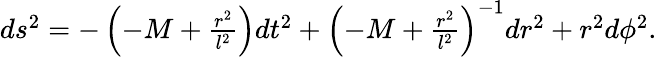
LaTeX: \begin{array}{r}{ds^{2}=-\left(-M+\frac{r^{2}}{l^{2}}\right)dt^{2}+\left(-M+\frac{r^{2}}{l^{2}}\right)^{-1}dr^{2}+r^{2}d\phi^{2}.}\end{array}